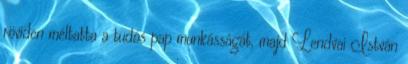
röviden méltatta a tudós pap munkásságát, majd Lendvai István